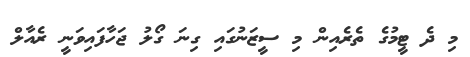
މި ދެ ޓީމުގެ ތެރެއިން މި ސީޒަނުގައި ގިނަ ގޯލު ޖަހާފައިވަނީ ރެއާލް